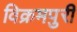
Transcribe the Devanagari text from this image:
विक्रमपुरी